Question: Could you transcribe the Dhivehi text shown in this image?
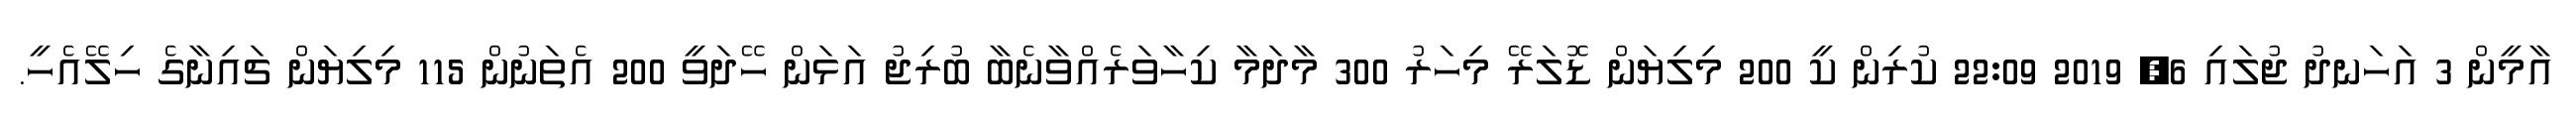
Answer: އާމީން 3 އަހަނދު ޖުލައި 6, 2019 22:09 ކުރިން ކީ 200 މިލިޔަން ޑޮލަރޭ މިހަރު 300 މާދަމާ ކިހާވަރެއްވާނެބާ ބުރިޖު އަޅަން ހޭދަވީ 200 އެތަނުން 115 މިލިޔަން ޗައިނާގެ ހިލޭއެހީ.